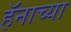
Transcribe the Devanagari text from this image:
हॅनाच्या